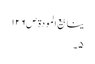
ینابیع المودة ص١٢٦
٥۔